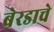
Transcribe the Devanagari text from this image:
बेरडाचे